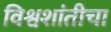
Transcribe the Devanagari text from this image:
विश्वशांतीचा